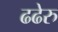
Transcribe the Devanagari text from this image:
ढढेरु